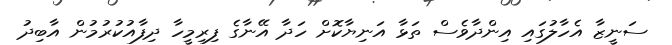
ސަނީޒާ އެހާލުގައި އިންދާވެސް ތަޅާ އަނިޔާކޮށް ހަަދާ އޭނާގެ ފިރިމީހާ ދިފާއުކުރުމުން އާބިދު